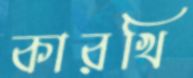
কারখি